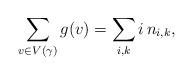
LaTeX: \begin{align*} \sum_{v \in V(\gamma)} g(v) &= \sum_{i, k} i\,n_{i, k}, \end{align*}